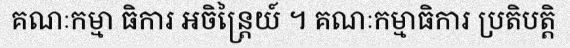
គណៈកម្មា ធិការ អចិន្ត្រៃយ៍ ។ គណៈកម្មាធិការ ប្រតិបត្តិ